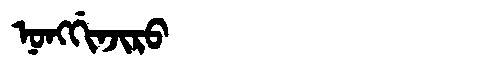
Manchu: ᠨᠣᠩᡤᡳᠨᠵᡳᡵᠣ
Romanization: NONGGINJIRO